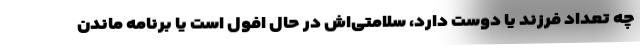
چه تعداد فرزند یا دوست دارد، سلامتی‌اش در حال افول است یا برنامه ماندن